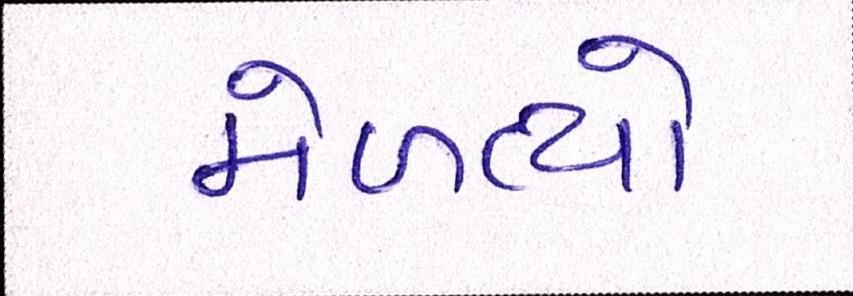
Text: મેળવ્યો